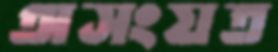
অসংযত